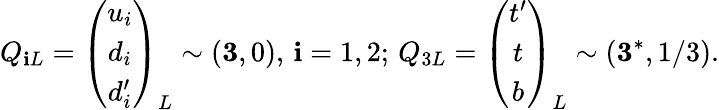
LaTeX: Q_{\mathbf{i}L}=\left(\begin{array}{c}{{u_{i}}}\\ {{d_{i}}}\\ {{d_{i}^{\prime}}}\end{array}\right)_{L}\sim({\mathbf{3}},0),\, \mathbf{i}=1,2;\, Q_{3L}=\left(\begin{array}{c}{{t^{\prime}}}\\ {{t}}\\ {{b}}\end{array}\right)_{L}\sim({\mathbf{3}}^{*},1/3).